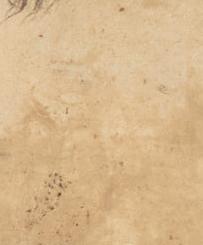
兵